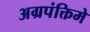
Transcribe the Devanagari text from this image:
अग्रपंक्तिमे